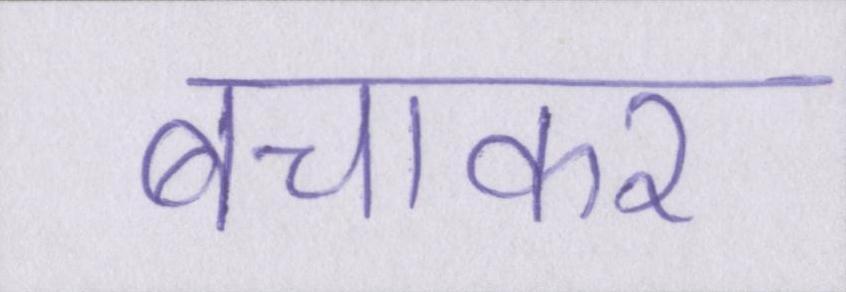
बचाकर